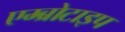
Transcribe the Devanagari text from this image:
एम्ब्रोटाइप